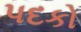
પદકો